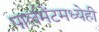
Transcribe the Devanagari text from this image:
पार्लमेंटमध्येही